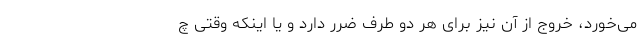
می‌خورد، خروج از آن نیز برای هر دو طرف ضرر دارد و یا اینکه وقتی چ